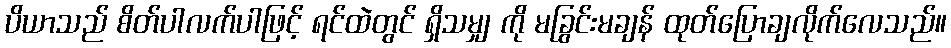
ပိယာသည် စိတ်ပါလက်ပါဖြင့် ရင်ထဲတွင် ရှိသမျှ ကို မခြွင်းမချန် ထုတ်ပြောချလိုက်လေသည်။